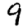
Digit: 9